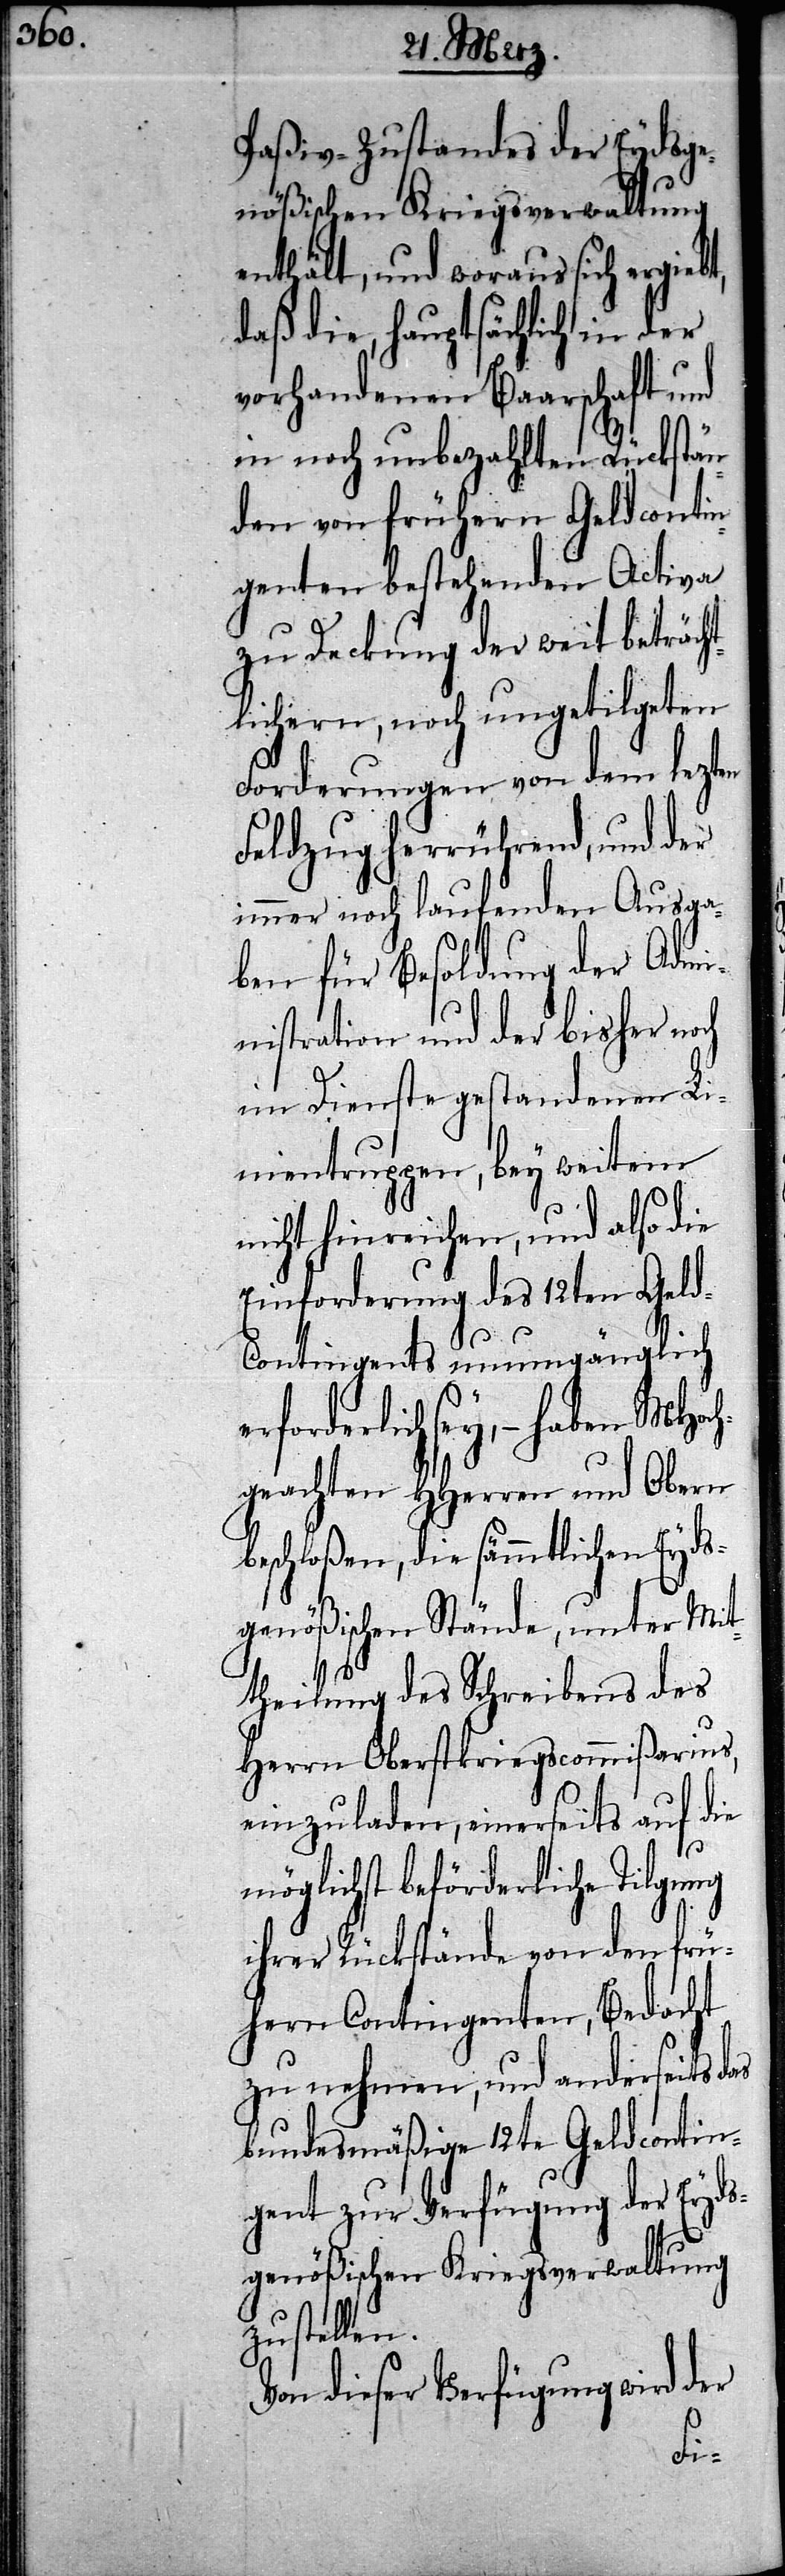
er¬

Paßiv-Zustandes der Eydsge¬
nößischen Kriegsverwaltung
enthält, und woraus sich ergie¬
daß die, hauptsächlich in der
vorhandenen Baarschaft und
in noch unbezahlten Rückstän¬
den von frühern Geldcontin¬
genten bestehenden Activa
zu Deckung der weit beträch¬
tlichern, noch ungetilgeten
Forderungen von dem lezten
Feldzug herrührend, und der
immer noch laufenden Ausga¬
ben für Besoldung der Admi¬
nistration und der bisher noch
im Dienste gestandenen Li¬
nientruppen, bey weitem
nicht hinreichen, und also die
Einforderung des 12ten Gel¬
d-Contingents unumgänglich
forderlich sey, – haben MHoc¬
hgeachten HHerren und Obern
beschloßen, die sämmtlichen Eyds¬
genößischen Stände, unter Mit¬
theilung des Schreibens des
Herrn Oberstkriegscommißarius,
einzuladen, einerseits auf die
möglichst beförderliche Tilgung
ihrer Rückstände von den frü¬
hern Contingenten, Bedacht
zu nehmen, und anderseits
bundesmäßige 12te Geldcontin¬
gent zur Verfügung der Eyds¬
genößischen Kriegsverwaltung
zu stellen.
Von dieser Verfügung wird der